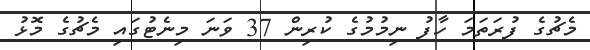
މެޗުގެ ފުރަތަމަ ހާފު ނިމުމުގެ ކުރިން 37 ވަނަ މިނެޓުގައި މެޗުގެ މޮޅު